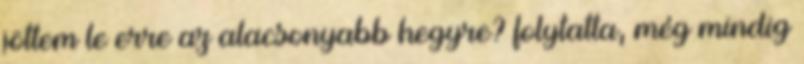
jöttem le erre az alacsonyabb hegyre? folytatta, még mindig